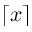
\lceil x \rceil